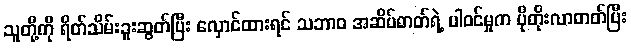
သူတို့ကို ရိတ်သိမ်းခူးဆွတ်ပြီး လှောင်ထားရင် သဘာဝ အဆိပ်ဓာတ်ရဲ့ ပါဝင်မှုက ပိုတိုးလာတတ်ပြီး